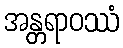
အန္တရာဝဿံ